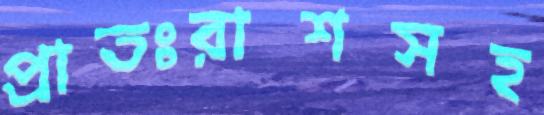
প্রাতঃরাশসহ